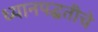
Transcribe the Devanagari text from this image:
ध्यानपद्धतीचे